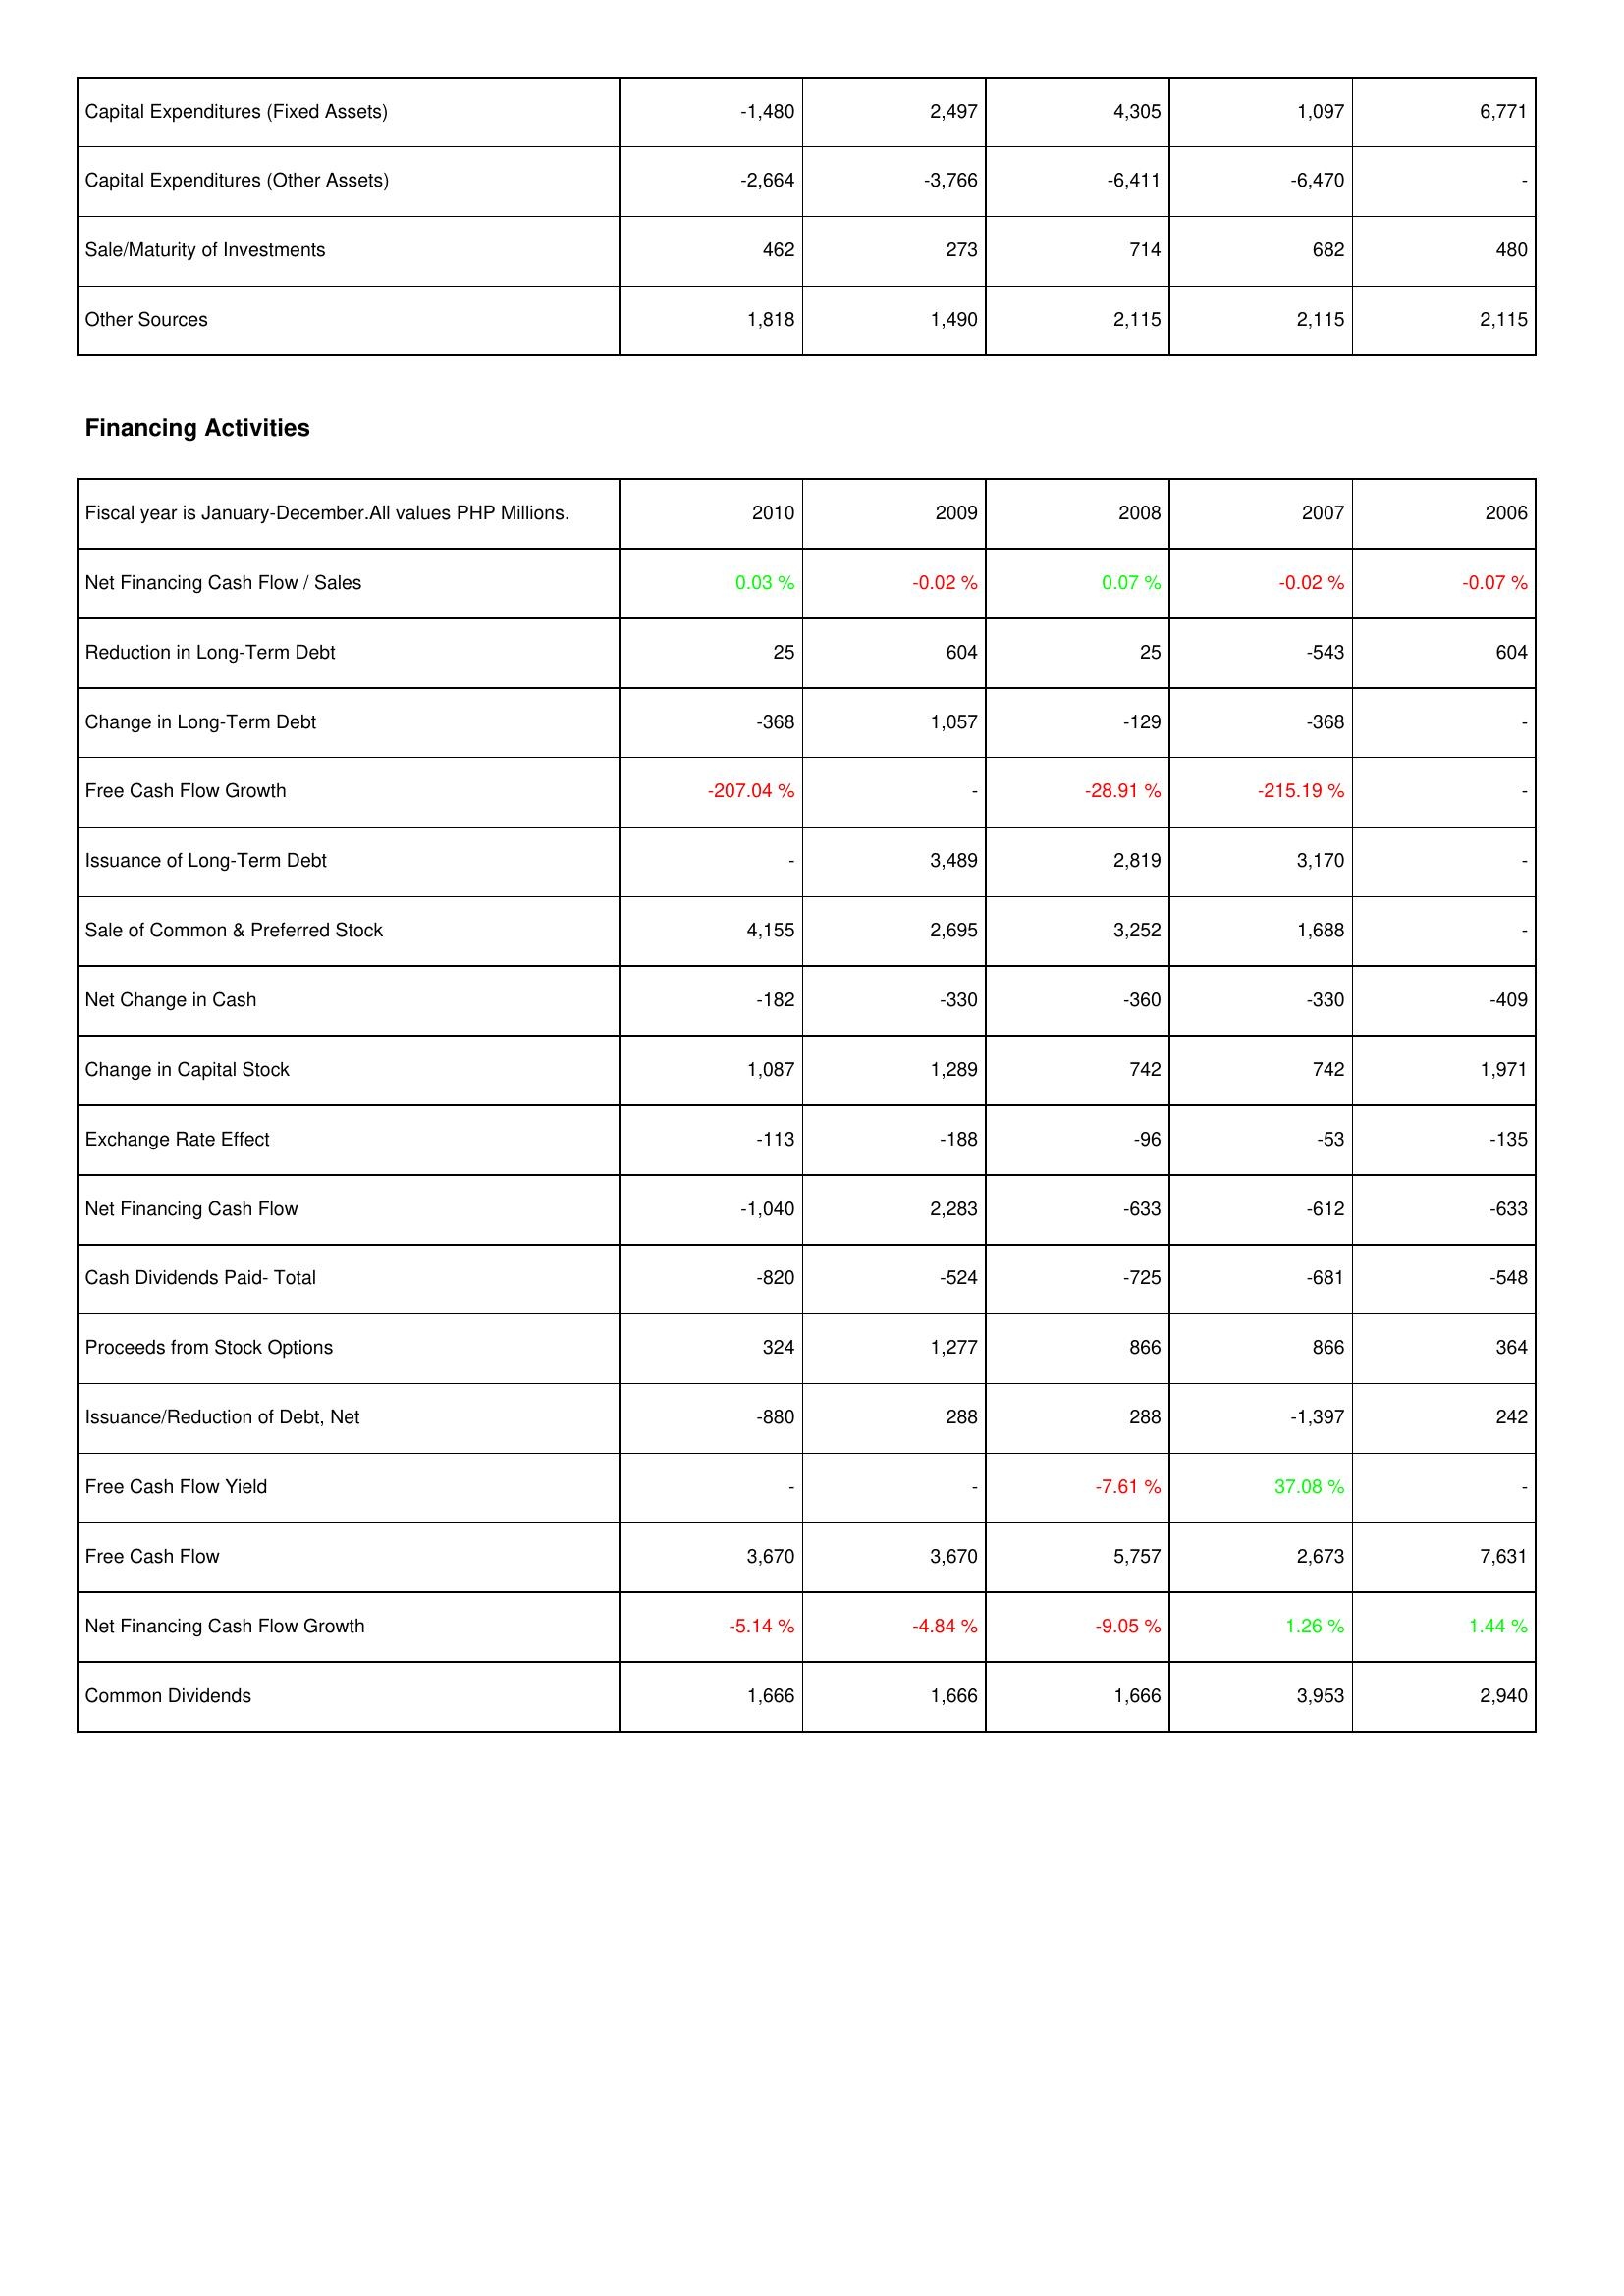
2010: Investing Activities: Capital Expenditures (Fixed Assets): -1,480
Capital Expenditures (Other Assets): -2,664
Sale/Maturity of Investments: 462
Other Sources: 1,818
Financing Activities: Net Financing Cash Flow / Sales: 0.03 %
Reduction in Long-Term Debt: 25
Change in Long-Term Debt: -368
Free Cash Flow Growth: -207.04 %
Issuance of Long-Term Debt: -
Sale of Common & Preferred Stock: 4,155
Net Change in Cash: -182
Change in Capital Stock: 1,087
Exchange Rate Effect: -113
Net Financing Cash Flow: -1,040
Cash Dividends Paid- Total: -820
Proceeds from Stock Options: 324
Issuance/Reduction of Debt, Net: -880
Free Cash Flow Yield: -
Free Cash Flow: 3,670
Net Financing Cash Flow Growth: -5.14 %
Common Dividends: 1,666
2009: Investing Activities: Capital Expenditures (Fixed Assets): 2,497
Capital Expenditures (Other Assets): -3,766
Sale/Maturity of Investments: 273
Other Sources: 1,490
Financing Activities: Net Financing Cash Flow / Sales: -0.02 %
Reduction in Long-Term Debt: 604
Change in Long-Term Debt: 1,057
Free Cash Flow Growth: -
Issuance of Long-Term Debt: 3,489
Sale of Common & Preferred Stock: 2,695
Net Change in Cash: -330
Change in Capital Stock: 1,289
Exchange Rate Effect: -188
Net Financing Cash Flow: 2,283
Cash Dividends Paid- Total: -524
Proceeds from Stock Options: 1,277
Issuance/Reduction of Debt, Net: 288
Free Cash Flow Yield: -
Free Cash Flow: 3,670
Net Financing Cash Flow Growth: -4.84 %
Common Dividends: 1,666
2008: Investing Activities: Capital Expenditures (Fixed Assets): 4,305
Capital Expenditures (Other Assets): -6,411
Sale/Maturity of Investments: 714
Other Sources: 2,115
Financing Activities: Net Financing Cash Flow / Sales: 0.07 %
Reduction in Long-Term Debt: 25
Change in Long-Term Debt: -129
Free Cash Flow Growth: -28.91 %
Issuance of Long-Term Debt: 2,819
Sale of Common & Preferred Stock: 3,252
Net Change in Cash: -360
Change in Capital Stock: 742
Exchange Rate Effect: -96
Net Financing Cash Flow: -633
Cash Dividends Paid- Total: -725
Proceeds from Stock Options: 866
Issuance/Reduction of Debt, Net: 288
Free Cash Flow Yield: -7.61 %
Free Cash Flow: 5,757
Net Financing Cash Flow Growth: -9.05 %
Common Dividends: 1,666
2007: Investing Activities: Capital Expenditures (Fixed Assets): 1,097
Capital Expenditures (Other Assets): -6,470
Sale/Maturity of Investments: 682
Other Sources: 2,115
Financing Activities: Net Financing Cash Flow / Sales: -0.02 %
Reduction in Long-Term Debt: -543
Change in Long-Term Debt: -368
Free Cash Flow Growth: -215.19 %
Issuance of Long-Term Debt: 3,170
Sale of Common & Preferred Stock: 1,688
Net Change in Cash: -330
Change in Capital Stock: 742
Exchange Rate Effect: -53
Net Financing Cash Flow: -612
Cash Dividends Paid- Total: -681
Proceeds from Stock Options: 866
Issuance/Reduction of Debt, Net: -1,397
Free Cash Flow Yield: 37.08 %
Free Cash Flow: 2,673
Net Financing Cash Flow Growth: 1.26 %
Common Dividends: 3,953
2006: Investing Activities: Capital Expenditures (Fixed Assets): 6,771
Capital Expenditures (Other Assets): -
Sale/Maturity of Investments: 480
Other Sources: 2,115
Financing Activities: Net Financing Cash Flow / Sales: -0.07 %
Reduction in Long-Term Debt: 604
Change in Long-Term Debt: -
Free Cash Flow Growth: -
Issuance of Long-Term Debt: -
Sale of Common & Preferred Stock: -
Net Change in Cash: -409
Change in Capital Stock: 1,971
Exchange Rate Effect: -135
Net Financing Cash Flow: -633
Cash Dividends Paid- Total: -548
Proceeds from Stock Options: 364
Issuance/Reduction of Debt, Net: 242
Free Cash Flow Yield: -
Free Cash Flow: 7,631
Net Financing Cash Flow Growth: 1.44 %
Common Dividends: 2,940